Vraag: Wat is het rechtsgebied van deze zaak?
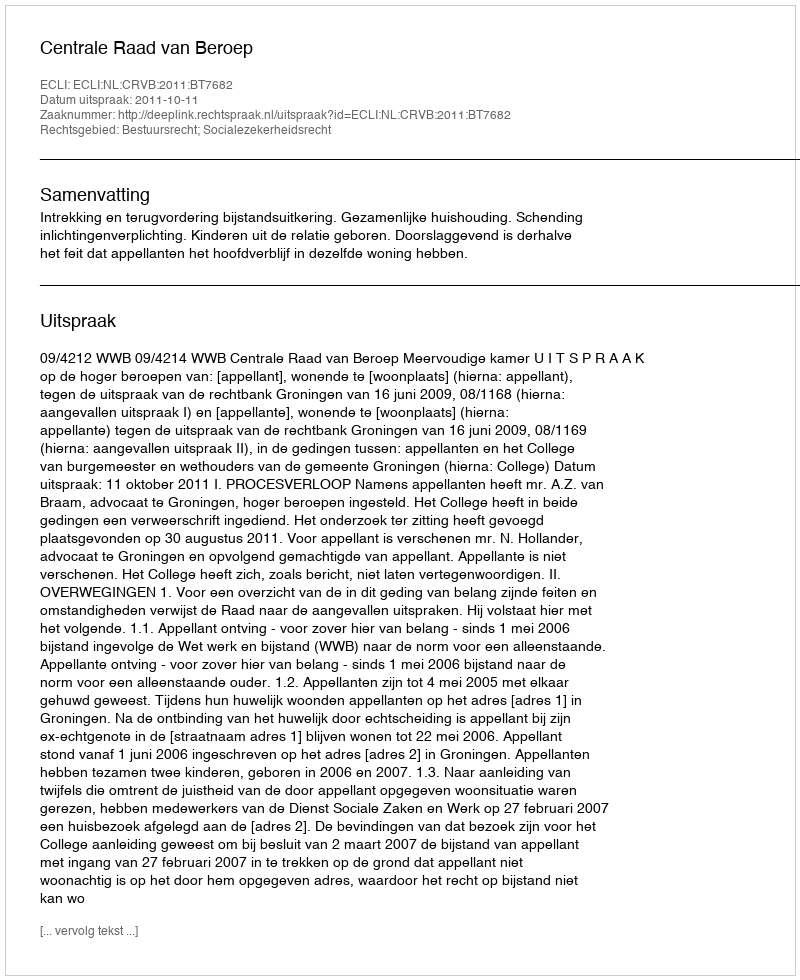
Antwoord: Bestuursrecht; Socialezekerheidsrecht